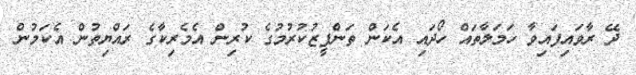
ދޭ ރާވައިފައިވާ ހަމަލާތައް ހޯދައި އެކަން ތަންފީޒުކުރުމުގެ ކުރިން އެމެރިކާގެ ރައްޔިތުން އެކަމުން